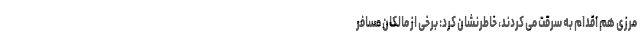
مرزی هم اقدام به سرقت می کردند، خاطرنشان کرد: برخی از مالکان مسافر